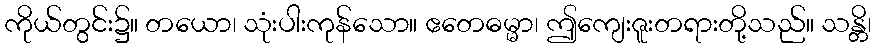
ကိုယ်တွင်း၌။ တယော၊ သုံးပါးကုန်သော။ ဧတေဓမ္မာ၊ ဤကျေးဇူးတရားတို့သည်။ သန္တိ၊